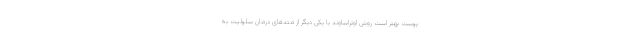
پوست بهتر است روش اوتراساوند با یکی دیگر از متدهای درمان سلولیت به